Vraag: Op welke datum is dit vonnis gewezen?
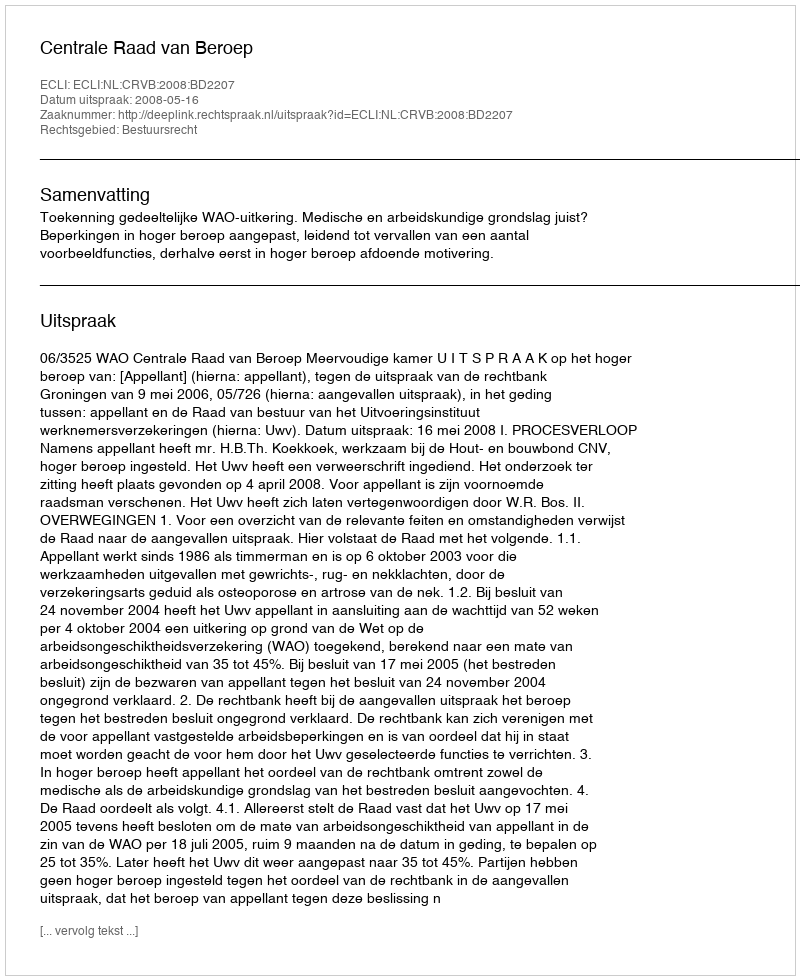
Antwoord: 2008-05-16